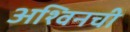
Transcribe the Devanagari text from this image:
अश्विनची